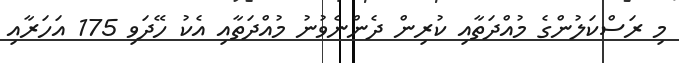
މި ރަސްކަލުންގެ މުއްދަތާއި ކުރިން ދެންނެވުނު މުއްދަތާއި އެކު ހޭދަވި 175 އަހަރާއި